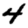
Digit: 4